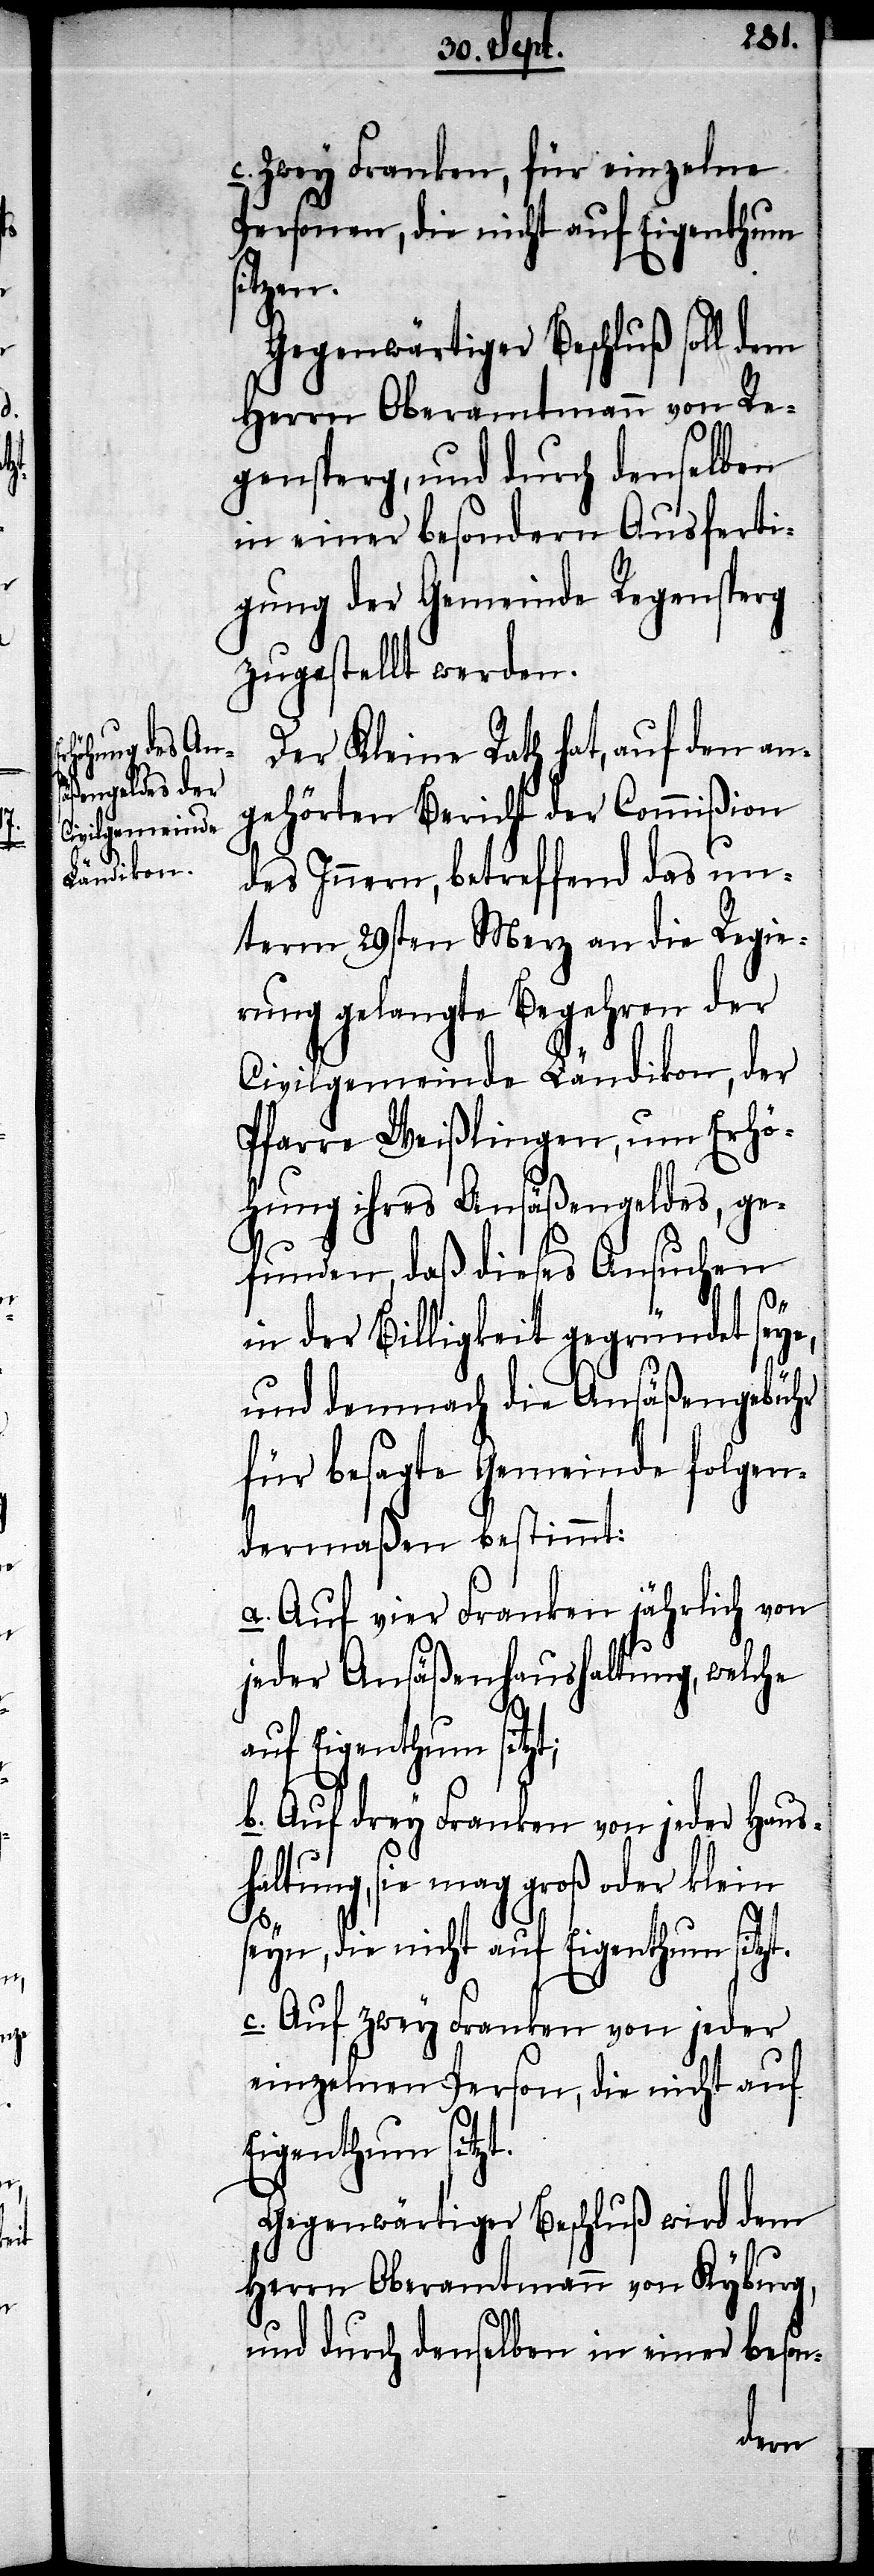
c. Zwey Franken, für einzelne
Personen, die nicht auf Eigenthum
sitzen.
Gegenwärtiger Beschluß soll dem
Herrn Oberamtmann von Re¬
gensperg, und durch denselben
in einer besondern Ausferti¬
gung der Gemeinde Regensperg
zugestellt werden.
Der Kleine Rath hat, auf den an¬
gehörten Bericht der Commißion
des Innern, betreffend das un¬
term 29sten Merz an die Regie¬
rung gelangte Begehren der
Civilgemeinde Ländikon, der
Pfarre Weißlingen, um Erhö¬
hung ihres Ansäßengeldes, ge¬
funden, daß dieses Ansuchen
in der Billigkeit gegründet seye,
und demnach die Ansäßengebühr
für besagte Gemeinde folgen¬
dermaßen bestimmt:
a. Auf vier Franken jährlich von
jeder Ansäßenhaushaltung, welche
auf Eigenthum sitzt;
b. Auf drey Franken von jeder Haus¬
haltung, sie mag groß oder klein
seyn, die nicht auf Eigenthum sitzt.
c. Auf zwey Franken von jeder
einzelnen Person, die nicht auf
Eigenthum sitzt.
Gegenwärtiger Beschluß wird dem
Herrn Oberamtmann von Kyburg,
und durch denselben in einer beson-